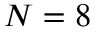
N = 8